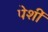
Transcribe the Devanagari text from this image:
पेशीं